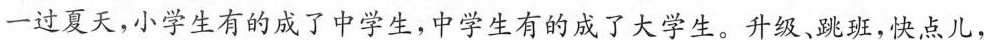
一过夏天，小学生有的成了中学生，中学生有的成了大学生。升级、跳班，快点儿，